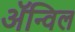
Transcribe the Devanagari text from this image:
अॅन्विल